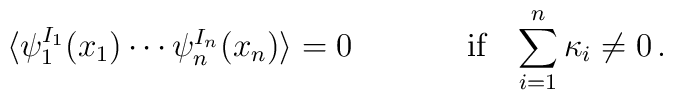
\begin{array}{cc}\langle \psi^{I_{1}}_{1}(x_{1})\cdots\psi^{I_{n}}_{n}(x_{n})\rangle=0~~~~&~~~~\mbox{if~~~}\displaystyle{\sum_{i=1}^{n}\kappa_{i}\neq 0}\,.\end{array}